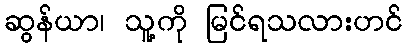
ဆွန်ယာ၊ သူ့ကို မြင်ရသလားဟင်